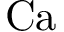
\mathrm { C a }